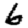
Digit: 6